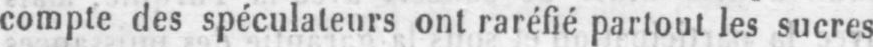
compte des spéculateurs ont raréfié partent les sucres